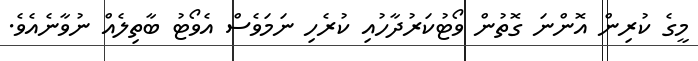
މީގެ ކުރިން އޮންނަ ގޮތުން ވޯޓުކަރުދާހުއި ކުރެހި ނަމަވެސް އެވޯޓު ބާތިލެއް ނުވާނެއެވެ.